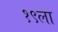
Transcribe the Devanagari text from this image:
१९ला